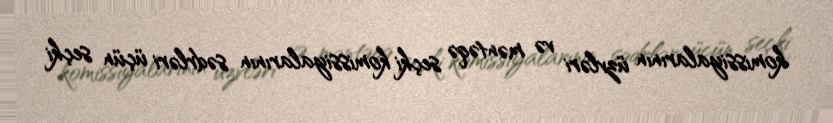
komissiyalarının üzvləri və məntəqə seçki komissiyalarının sədrləri üçün seçki